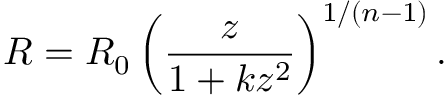
R = R _ { 0 } \left( \frac z { 1 + k z ^ { 2 } } \right) ^ { 1 / ( n - 1 ) } .